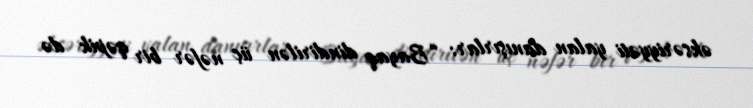
əksəriyyəti yalan danışırlar: “Bayaq dindirilən üç nəfər bir qəpik də